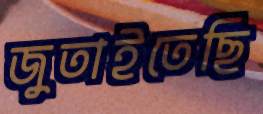
জুতাইতেছি